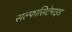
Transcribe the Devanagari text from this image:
सल्फासिटेमाइड